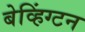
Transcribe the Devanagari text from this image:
बेव्हिंग्टन